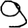
Digit: 9